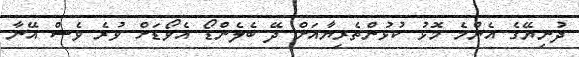
ދުނިޔޭގެ އެންމެ މޮޅު ކުޅުންތެރިޔާއަށް ދޭ ބެލެންޑޯ އެވޯޑަށް ވުރެ ވެސް އޭނާ